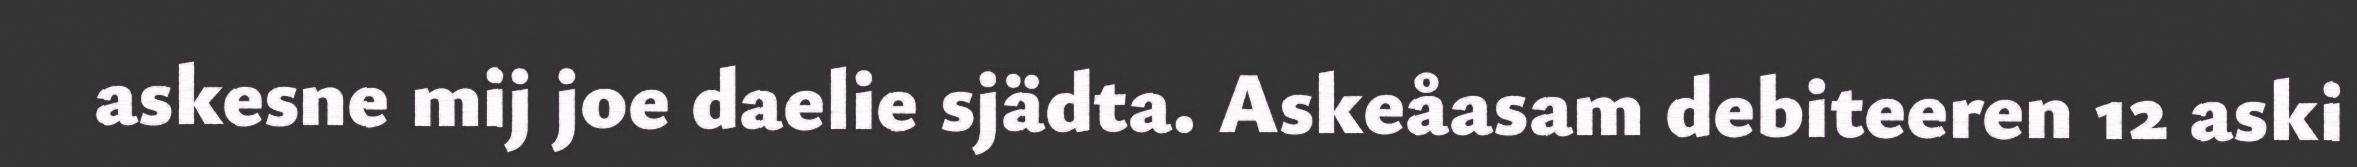
askesne mij joe daelie sjädta. Askeåasam debiteeren 12 aski